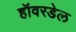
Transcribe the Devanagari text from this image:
हॉवरडेल